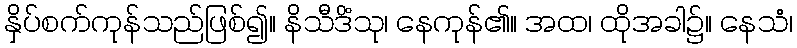
နှိပ်စက်ကုန်သည်ဖြစ်၍။ နိသီဒိံသု၊ နေကုန်၏။ အထ၊ ထိုအခါ၌။ နေသံ၊